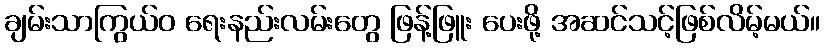
ချမ်းသာကြွယ်ဝ ရေးနည်းလမ်းတွေ ဖြန့်ဖြူး ပေးဖို့ အဆင်သင့်ဖြစ်လိမ့်မယ်။